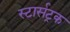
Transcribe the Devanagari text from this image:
स्टार्सट्रक